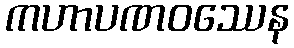
ကဟာပဏဝဿေန